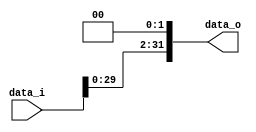
// 0516022

//Subject:      CO project 2 - Shift_Left_Two_32
//--------------------------------------------------------------------------------
//Version:     1
//--------------------------------------------------------------------------------
//Description: 
//--------------------------------------------------------------------------------

module Shift_Left_Two_32(
    data_i,
    data_o
    );

//I/O ports                    
input [32-1:0] data_i;
output [32-1:0] data_o;

wire   [32-1:0] data_o;

//shift left 2
assign data_o = data_i << 2;

endmodule